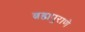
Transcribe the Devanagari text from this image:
ब्रह्मपुराणे